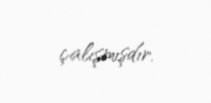
çalışmışdır.